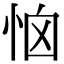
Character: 恼